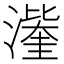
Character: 𭲹